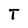
Character: T